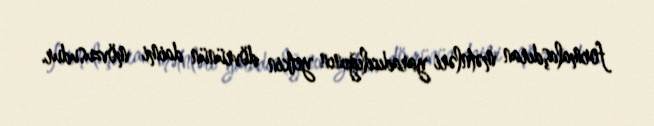
formalaşdıran mətnləri yaradıcılığının yetkin dövrünün daimi mövzusudur.